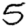
Digit: 5